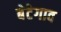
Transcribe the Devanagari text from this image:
बेटेगाव